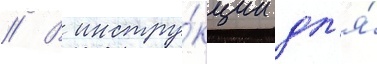
// В инстру́кции дл'я́